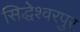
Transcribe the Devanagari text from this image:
सिद्धेश्वरपुर